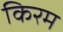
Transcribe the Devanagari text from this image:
किरम